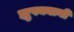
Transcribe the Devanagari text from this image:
झुपक्यानी